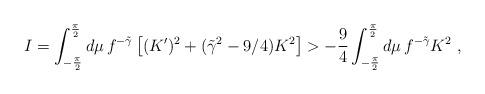
LaTeX: \begin{align*}I= \int^{\pi\over 2}_{-{\pi\over 2}} d\mu \, f^{-\tilde{\gamma}} \left[(K')^2 + (\tilde{\gamma}^2-9/4) K^2\right] > {-{9\over 4}}\int^{\pi\over 2}_{-{\pi\over 2}} d\mu \, f^{-\tilde{\gamma}} K^2\ ,\end{align*}